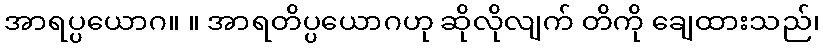
အာရပ္ပယောဂ။ ။ အာရတိပ္ပယောဂဟု ဆိုလိုလျက် တိကို ချေထားသည်၊